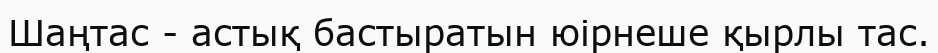
Шаңтас - астық бастыратын юірнеше қырлы тас.